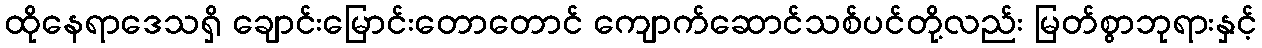
ထိုနေရာဒေသရှိ ချောင်းမြောင်းတောတောင် ကျောက်ဆောင်သစ်ပင်တို့လည်း မြတ်စွာဘုရားနှင့်